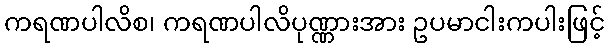
ကရဏပါလိစ၊ ကရဏပါလိပုဏ္ဏားအား ဥပမာငါးကပါးဖြင့်